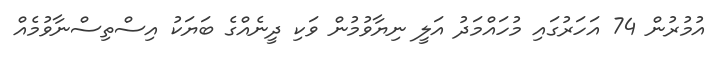
އުމުރުން 74 އަހަރުގައި މުހައްމަދު އަލީ ނިޔާވުމުން ވަކި ދީނެއްގެ ބަޔަކު އިސްތިސްނާވުމެއް